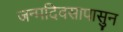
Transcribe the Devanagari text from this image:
जन्मदिवसापासुन